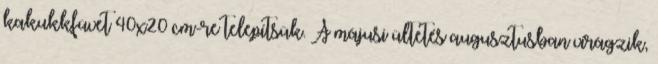
kakukkfüvet 40x20 cm-re telepítsük. A májusi ültetés augusztusban virágzik,